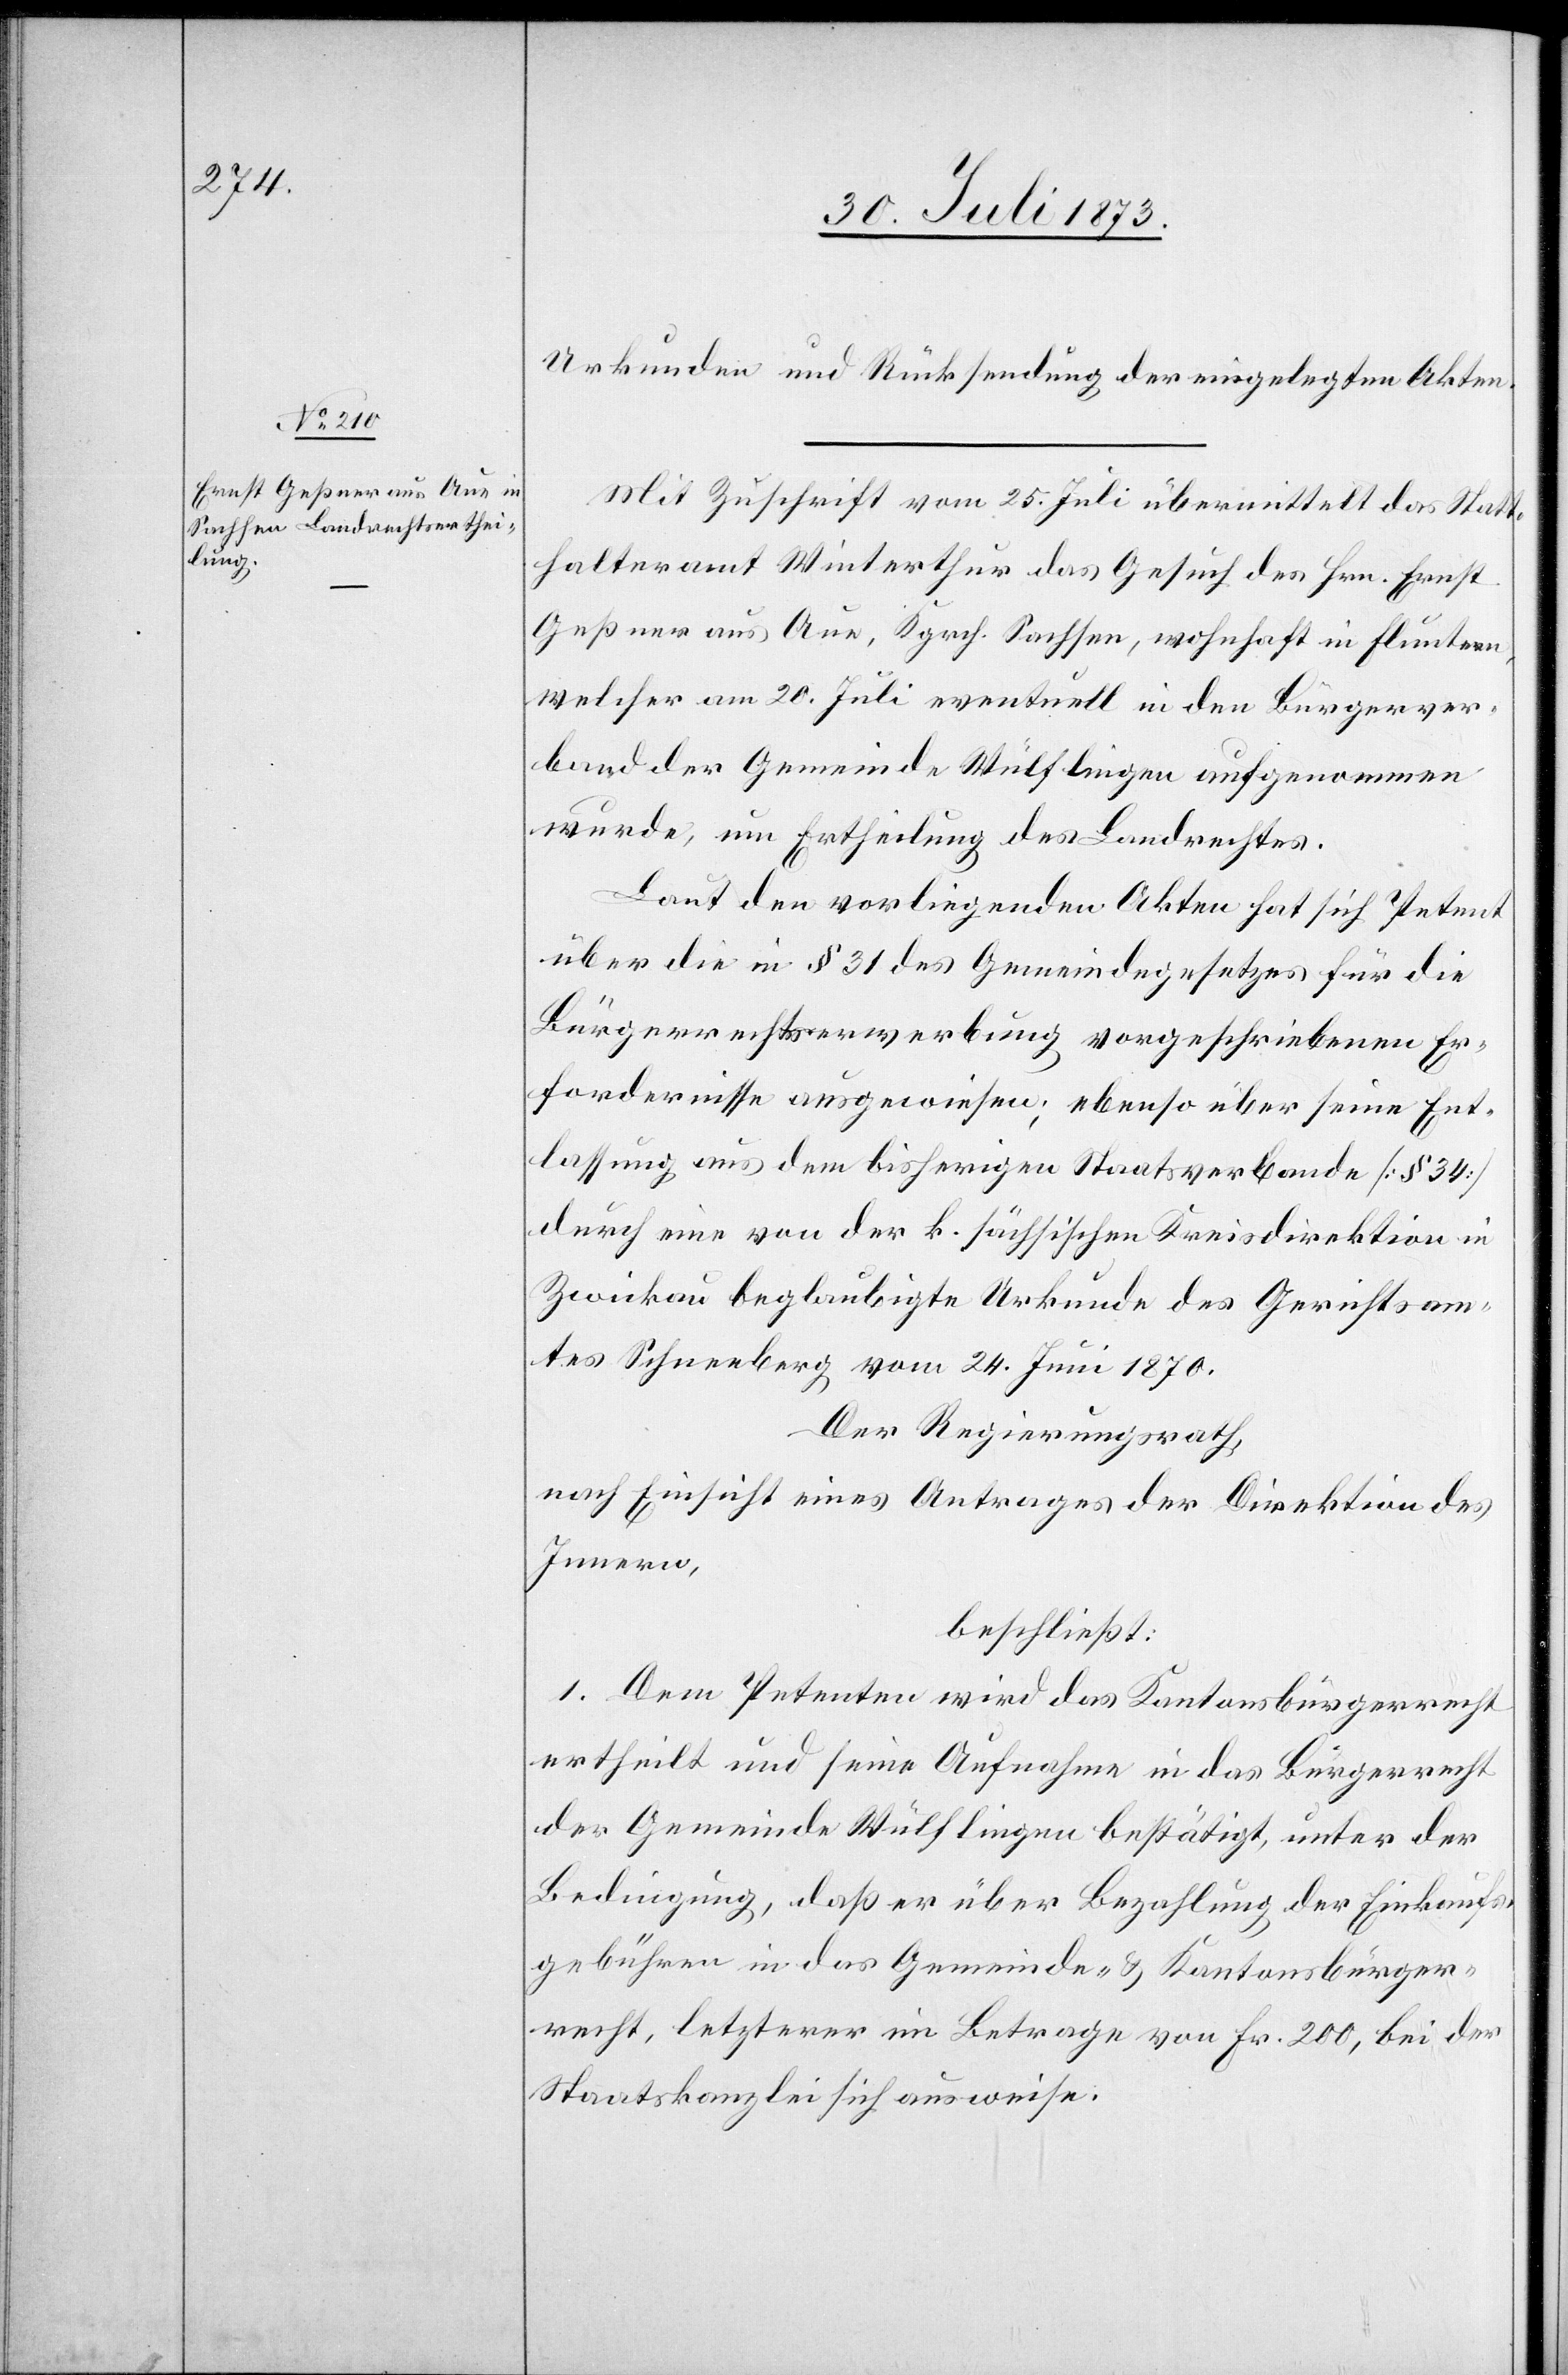
Urkunden und Rücksendung der eingelegten Akten.
Mit Zuschrift vom 25. Juli übermittelt das Statt¬
halteramt Winterthur das Gesuch des Hrn. Ernst
Geßner aus Aue, Kgrch. Sachsen, wohnhaft in Fluntern,
welcher am 20. Juli eventuell in den Bürgerver¬
band der Gemeinde Wülflingen aufgenommen
wurde, um Ertheilung des Landrechtes.
Laut den vorliegenden Akten hat sich Petent
über die in § 31 des Gemeindegesetzes für die
Bürgerrechtserwerbung vorgeschriebenen Er¬
fordernisse ausgewiesen; ebenso über seine Ent¬
lassung aus dem bisherigen Staatsverbande [§ 34]
durch eine von der k. sächsischen Kreisdirektion in
Zwickau beglaubigte Urkunde des Gerichtsam¬
tes Schneeberg vom 24. Juni 1870.
Der Regierungsrath,
nach Einsicht eines Antrages der Direktion des
Innern,
beschließt:
1. Dem Petenten wird das Kantonsbürgerrecht
ertheilt und seine Aufnahme in das Bürgerrecht
der Gemeinde Wülflingen bestätigt, unter der
Bedingung, daß er über Bezahlung der Einkaufs¬
gebühren in das Gemeinde- & Kantonsbürger¬
recht, letzterer im Betrage von Fr. 200, bei der
Staatskanzlei sich ausweise.